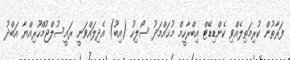
ފަރާތުން ކުރިމަތިލެއްވި ކެންޑިޑޭޓް އިބްރާހީމް މުޙައްމަދު ސޯލިހު (އިބޫ) އެދިލައްވަނީ ރައީސުލްޖުމްހޫރިއްޔާ އަބްދު